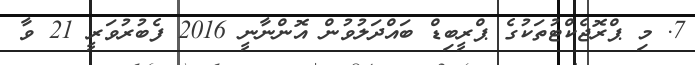
7. މި ޕްރޮޖެކްޓުތަކުގެ ޕްރީބިޑް ބައްދަލުވުން އޮންނާނީ 2016 ފެބުރުވަރީ 21 ވާ